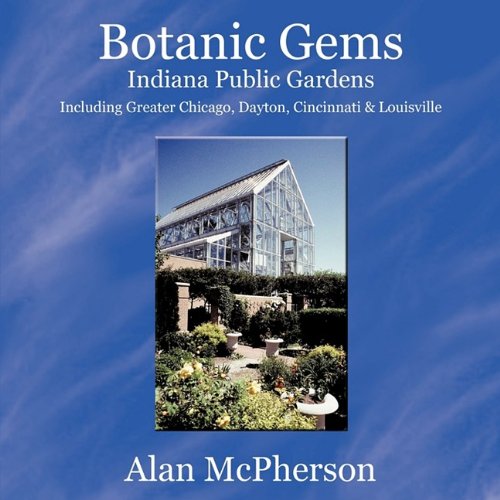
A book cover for Botanic Gems Indiana Public Gardens: including Greater Chicago, Dayton, Cincinnati & Louisville; Alan McPherson; Travel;